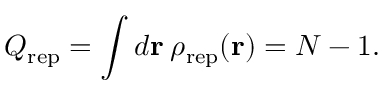
Q _ { \mathrm { r e p } } = \int d { \bf r } \: \rho _ { \mathrm { r e p } } ( { \bf r } ) = N - 1 .